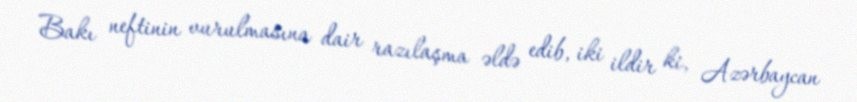
Bakı neftinin vurulmasına dair razılaşma əldə edib, iki ildir ki, Azərbaycan